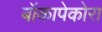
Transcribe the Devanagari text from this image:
बॉकापेकोरा